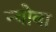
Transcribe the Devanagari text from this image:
न्योवा